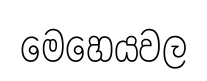
මෙහෙයවල